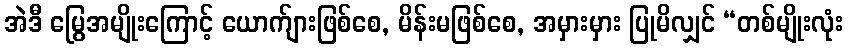
အဲဒီ မြွေအမျိုးကြောင့် ယောက်ျားဖြစ်စေ, မိန်းမဖြစ်စေ, အမှားမှား ပြုမိလျှင် “တစ်မျိုးလုံး